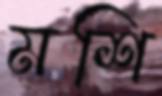
মশি